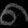
Digit: ၈